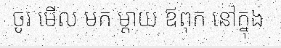
ចូរ មើល មក ម្តាយ ឪពុក នៅក្នុង